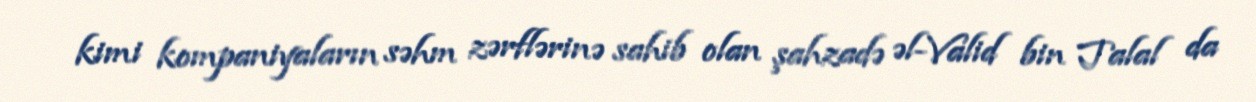
kimi kompaniyaların səhm zərflərinə sahib olan şahzadə əl-Valid bin Talal da